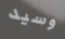
وسيد